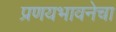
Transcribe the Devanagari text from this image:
प्रणयभावनेचा